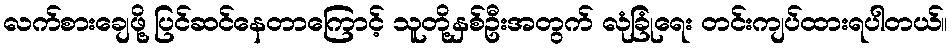
လက်စားချေဖို့ ပြင်ဆင်နေတာကြောင့် သူတို့နှစ်ဦးအတွက် လုံခြုံရေး တင်းကျပ်ထားရပါတယ်။